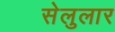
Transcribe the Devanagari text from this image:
सेलुलार